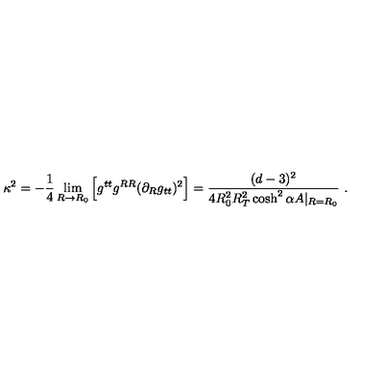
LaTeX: \kappa ^ { 2 } = - \frac { 1 } { 4 } \lim _ { R \rightarrow R _ { 0 } } \Big [ g ^ { t t } g ^ { R R } ( \partial _ { R } g _ { t t } ) ^ { 2 } \Big ] = \frac { ( d - 3 ) ^ { 2 } } { 4 R _ { 0 } ^ { 2 } R _ { T } ^ { 2 } \cosh ^ { 2 } \alpha A | _ { R = R _ { 0 } } } \ .